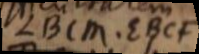
LBCM, EBCF